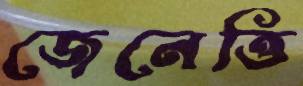
জেনেত্তি